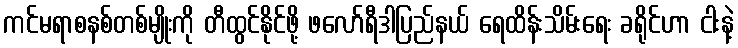
ကင်မရာစနစ်တစ်မျိုးကို တီထွင်နိုင်ဖို့ ဖလော်ရီဒါပြည်နယ် ရေထိန်းသိမ်းရေး ခရိုင်ဟာ ငါးနဲ့